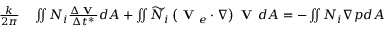
\begin{array} { r l } { \frac { k } { 2 \pi } } & { { } \iint N _ { i } \frac { \Delta \textbf { V } } { \Delta t ^ { * } } d A + \iint \widetilde { N } _ { i } \left( \textbf { V } _ { e } \cdot \nabla \right) \textbf { V } d A = - \iint N _ { i } \nabla p d A } \end{array}